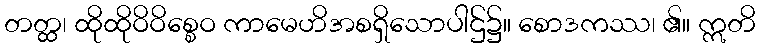
တတ္ထ၊ ထိုထိုဝိဝိစ္စေဝ ကာမေဟိအစရှိသောပါဌ်၌။ စောဒကဿ၊ ၏။ ဣတိ